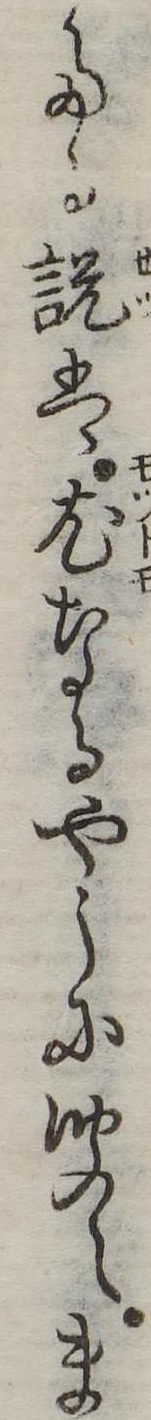
たる説は尤なるやうに聞えま